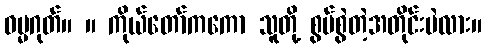
ဓမ္မဂုတ်။ ။ ကိုယ်တော်ကကော သူတို့ စွပ်စွဲတဲ့အတိုင်းပဲလား။